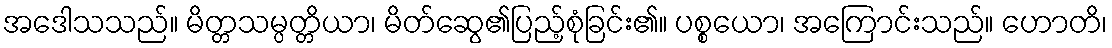
အဒေါသသည်။ မိတ္တသမ္ပတ္တိယာ၊ မိတ်ဆွေ၏ပြည့်စုံခြင်း၏။ ပစ္စယော၊ အကြောင်းသည်။ ဟောတိ၊